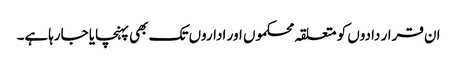
ان قرار دادوں کو متعلقہ محکموں اور اداروں تک بھی پہنچایا جارہاہے۔